Medical and sanitary report of the native army of Bengal for the year
Year: 1875
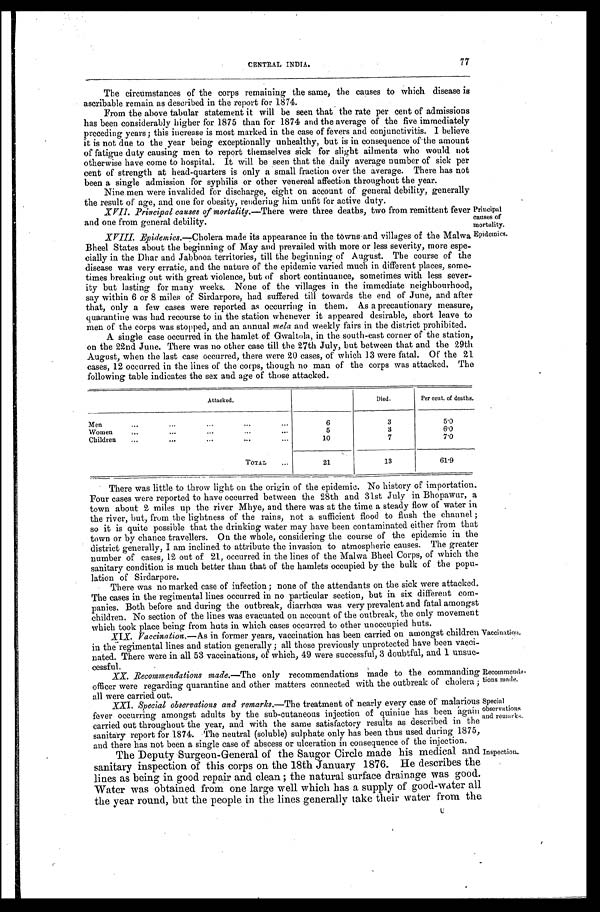
Principal
causes of
mortality.
Epidemics.
Recommenda-
tions made.
Special
observations
and remark
77
CENTRAL INDIA.
The circumstances of the corps remaining the same, the causes to which disease is
ascribable remain as described in the report for 1874.
From the above tabular statement it will be seen that the rate per cent of admissions
has been considerably higher for 1875 than for 1874 and the average of the five immediately
preceding years; this increase is most marked in the case of fevers and conjunctivitis. I believe
it is not due to the year being exceptionally unhealthy, but is in consequence of the amount
of fatigue duty causing men to report themselves sick for slight ailments who would not
otherwise have come to hospital. It will be seen that the daily average number of sick per
cent of strength at head-quarters is only a small fraction over the average. There has not
been a single admission for syphilis or other venereal affection throughout the year.
Nine men were invalided for discharge, eight on account of general debility, generally
the result of age, and one for obesity, rendering him unfit for active duty.
XVll. Principal causes of mortality.— There were three deaths, two from remittent fever
and one from general debility.
XVIII. Epidemics.— Cholera made its appearance in the towns and villages of the Malwa
Bheel States about the beginning of May and prevailed with more or less severity, more espe
-cially in the Dhar and Jabbooa territories, till the beginning of August. The course of the
disease was very erratic, and the nature of the epidemic varied much in different places, some--
times breaking out with great violence, but of short continuance, sometimes with less sever--
ity but lasting for many weeks. None of the villages in the immediate neighbourhood,
say within 6 or 8 miles of Sirdarpore, had suffered till towards the end of June, and after
that, only a few cases were reported as occurring in them. As a precautionary measure,
quarantine was had recourse to in the station whenever it appeared desirable, short leave to
men of the corps was stopped, and an annual mela and weekly fairs in the district prohibited.
A single case occurred in the hamlet of Gwaltola, in the south-east corner of the station,
on the 22nd June. There was no other case till the 27th July, but between that and the 29th
August, when the last case occurred, there were 20 cases, of which 13 were fatal. Of the 21
cases, 12 occurred in the lines of the corps, though no man of the corps was attacked. The
following table indicates the sex and age of those attacked.
Attacked.
Died.
Per cent of deaths.
Men
.
.
.
6
3
5.0
Women . . .
5
3
6.0
Children . . .
10
7
7.0
TOTAL . . .
21
13
61.9
There was little to throw light on the origin of the epidemic. No history of importation.
Four cases were reported to have occurred between the 28th and 31st July in Bhopawur,
town about 2 miles up the river Mhye, and there was at the time a steady flow of water in
the river, but, from the lightness of the rains, not a sufficient flood to flush the channel;
so it is quite possible that the drinking water may have been contaminated either from that
town or by chance travellers. On the whole, considering the course of the epidemic in the
district generally, I am inclined to attribute the invasion to atmospheric causes. The greater
number of cases, 12 out of 21, occurred in the lines of the Malwa Bheel Corps, of which the
sanitary condition is much better than that of the hamlets occupied by the bulk of the popu
-lation of Sirdarpore.
There was no marked case of infection; none of the attendants on the sick were attacked.
The cases in the regimental lines occurred in no particular section, but in six different com
-panies. Both before and during the outbreak, diarrhœa was very prevalent and fatal amongst
children. No section of the lines was evacuated on account of the outbreak, the only movement
which took place being from huts in which cases occurred to other unoccupied huts.
XIX. Vaccination.— As in former years, vaccination has been carried on amongst children
in the regimental lines and station generally; all those previously unprotected have been vacci
-nated. There were in all 53 vaccinations, of which, 49 were successful, 3 doubtful, and 1 unsuc--
cessful.
Vaccination.
XX. Recommendations made.—The only recommendations made to the commanding
officer were regarding quarantine and other matters connected with the outbreak of cholera ;
all were carried out.
XXI. Special observations and remarks.—The
treatment of nearly every case of malarious
fever occurring amongst adults by the sub-cutaneous injection of quinine has been again
carried out throughout the year, and with the same satisfactory results as described in the
sanitary report for 1874. The neutral (soluble) sulphate only has been thus used during 1875,
and there has not been a single case of abscess or ulceration in consequence of the injection.
The Deputy Surgeon-General of the Saugor Circle made his medical and
sanitary inspection of this corps on the 18th January 1876. He describes the
lines as being in good. repair and clean; the natural surface drainage was good.
Water was obtained from one large well which has a supply of good-water all
the year round, but the people in the lines generally take their water from the
Inspection.